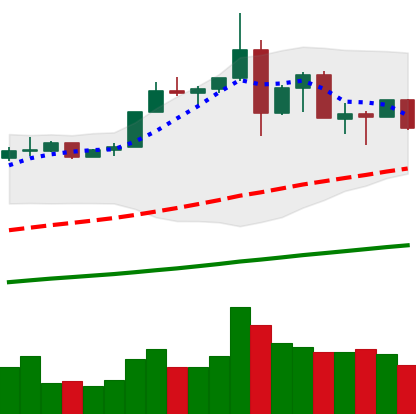
Ticker: ETH-USD
Chart end date: 2019-07-04
Forward return: 8.561%
Label: up_7plus